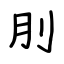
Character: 刖